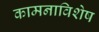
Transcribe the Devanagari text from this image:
कामनाविशेष